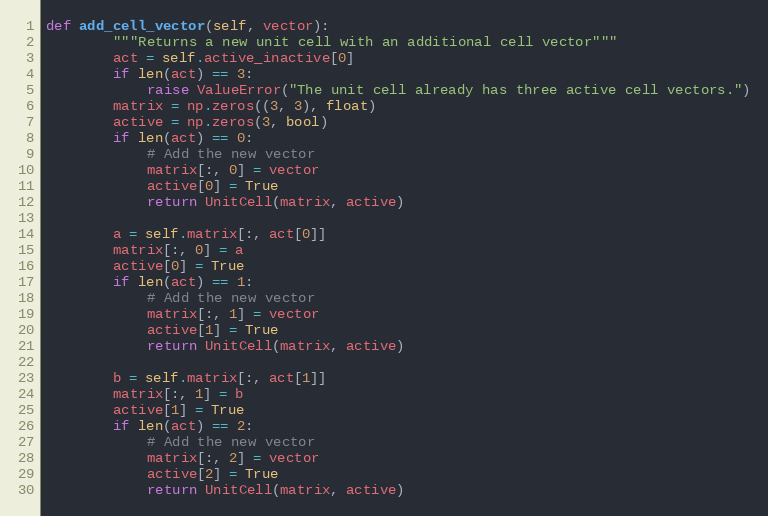
Language: Python
def add_cell_vector(self, vector):
        """Returns a new unit cell with an additional cell vector"""
        act = self.active_inactive[0]
        if len(act) == 3:
            raise ValueError("The unit cell already has three active cell vectors.")
        matrix = np.zeros((3, 3), float)
        active = np.zeros(3, bool)
        if len(act) == 0:
            # Add the new vector
            matrix[:, 0] = vector
            active[0] = True
            return UnitCell(matrix, active)

        a = self.matrix[:, act[0]]
        matrix[:, 0] = a
        active[0] = True
        if len(act) == 1:
            # Add the new vector
            matrix[:, 1] = vector
            active[1] = True
            return UnitCell(matrix, active)

        b = self.matrix[:, act[1]]
        matrix[:, 1] = b
        active[1] = True
        if len(act) == 2:
            # Add the new vector
            matrix[:, 2] = vector
            active[2] = True
            return UnitCell(matrix, active)